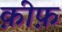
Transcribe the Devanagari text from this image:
क़ीफ़